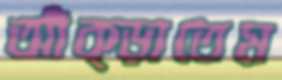
আঁক্‌ড়াতেম